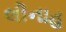
લીનાહ